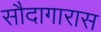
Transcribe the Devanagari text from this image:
सौदागारास